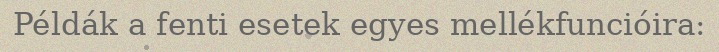
Példák a fenti esetek egyes mellékfuncióira: